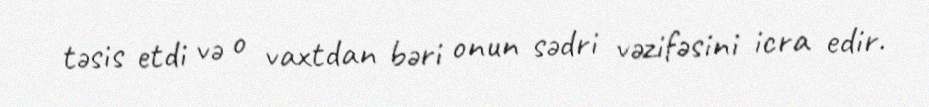
təsis etdi və o vaxtdan bəri onun sədri vəzifəsini icra edir.